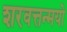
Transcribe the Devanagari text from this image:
शरवत्तन्मयो